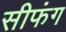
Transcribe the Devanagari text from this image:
सीफंग